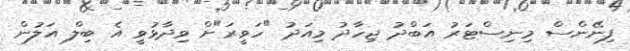
ފިނޭންސް މިނިސްޓަރު އަބްދު ޖިހާދު މިއަދު "ހަވީރަ"ށް ވިދާޅުވީ އެ ބިލް އަލުން